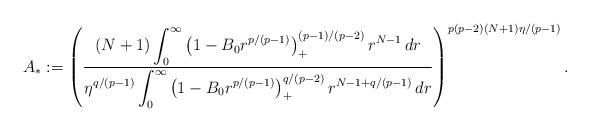
LaTeX: \begin{align*}A_*:=\left(\frac{\displaystyle{(N+1)\int_0^{\infty}\left(1-B_0r^{p/(p-1)}\right)_+^{(p-1)/(p-2)}r^{N-1}\,dr}}{\displaystyle{\eta^{q/(p-1)}\int_0^{\infty}\left(1-B_0r^{p/(p-1)}\right)_+^{q/(p-2)}r^{N-1+q/(p-1)}\,dr}}\right)^{p(p-2)(N+1)\eta/(p-1)}.\end{align*}